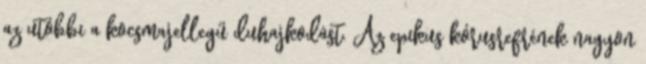
az utóbbi a kocsmajellegű duhajkodást. Az epikus kórusrefrének nagyon